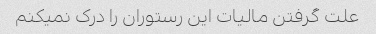
علت گرفتن مالیات این رستوران را درک نمیکنم